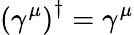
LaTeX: \left(\gamma^{\mu}\right)^{\dagger}=\gamma^{\mu}